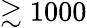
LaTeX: \gtrsim 1000